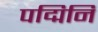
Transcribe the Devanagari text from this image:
पद्मिनि